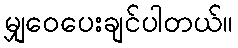
မျှဝေပေးချင်ပါတယ်။